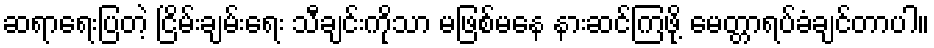
ဆရာရေးပြတဲ့ ငြိမ်းချမ်းရေး သီချင်းကိုသာ မဖြစ်မနေ နားဆင်ကြဖို့ မေတ္တာရပ်ခံချင်တာပါ။